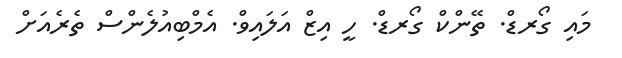
މައި ގޯރޑް. ތޭންކް ގޯރޑް. ހީ އިޒް އަލައިވް. އެމްބިއުލެންސް ތެރެއަށް